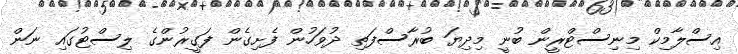
އިސްލާމިކް މިނިސްޓްރީން ބުނީ މިދިޔަ ބުރާސްފަތި ދުވަހުން ފެށިގެން ފަގީރުންގެ ލިސްޓުގައި ނަން